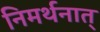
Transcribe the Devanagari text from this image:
निमर्थनात्